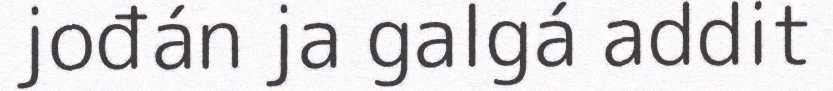
jođán ja galgá addit